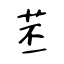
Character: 苤